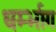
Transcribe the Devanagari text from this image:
धर्म्भाग